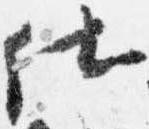
仕